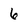
Character: 6